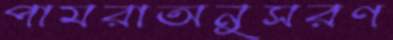
পামরাঅনুসরণ